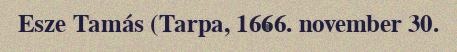
Esze Tamás (Tarpa, 1666. november 30.